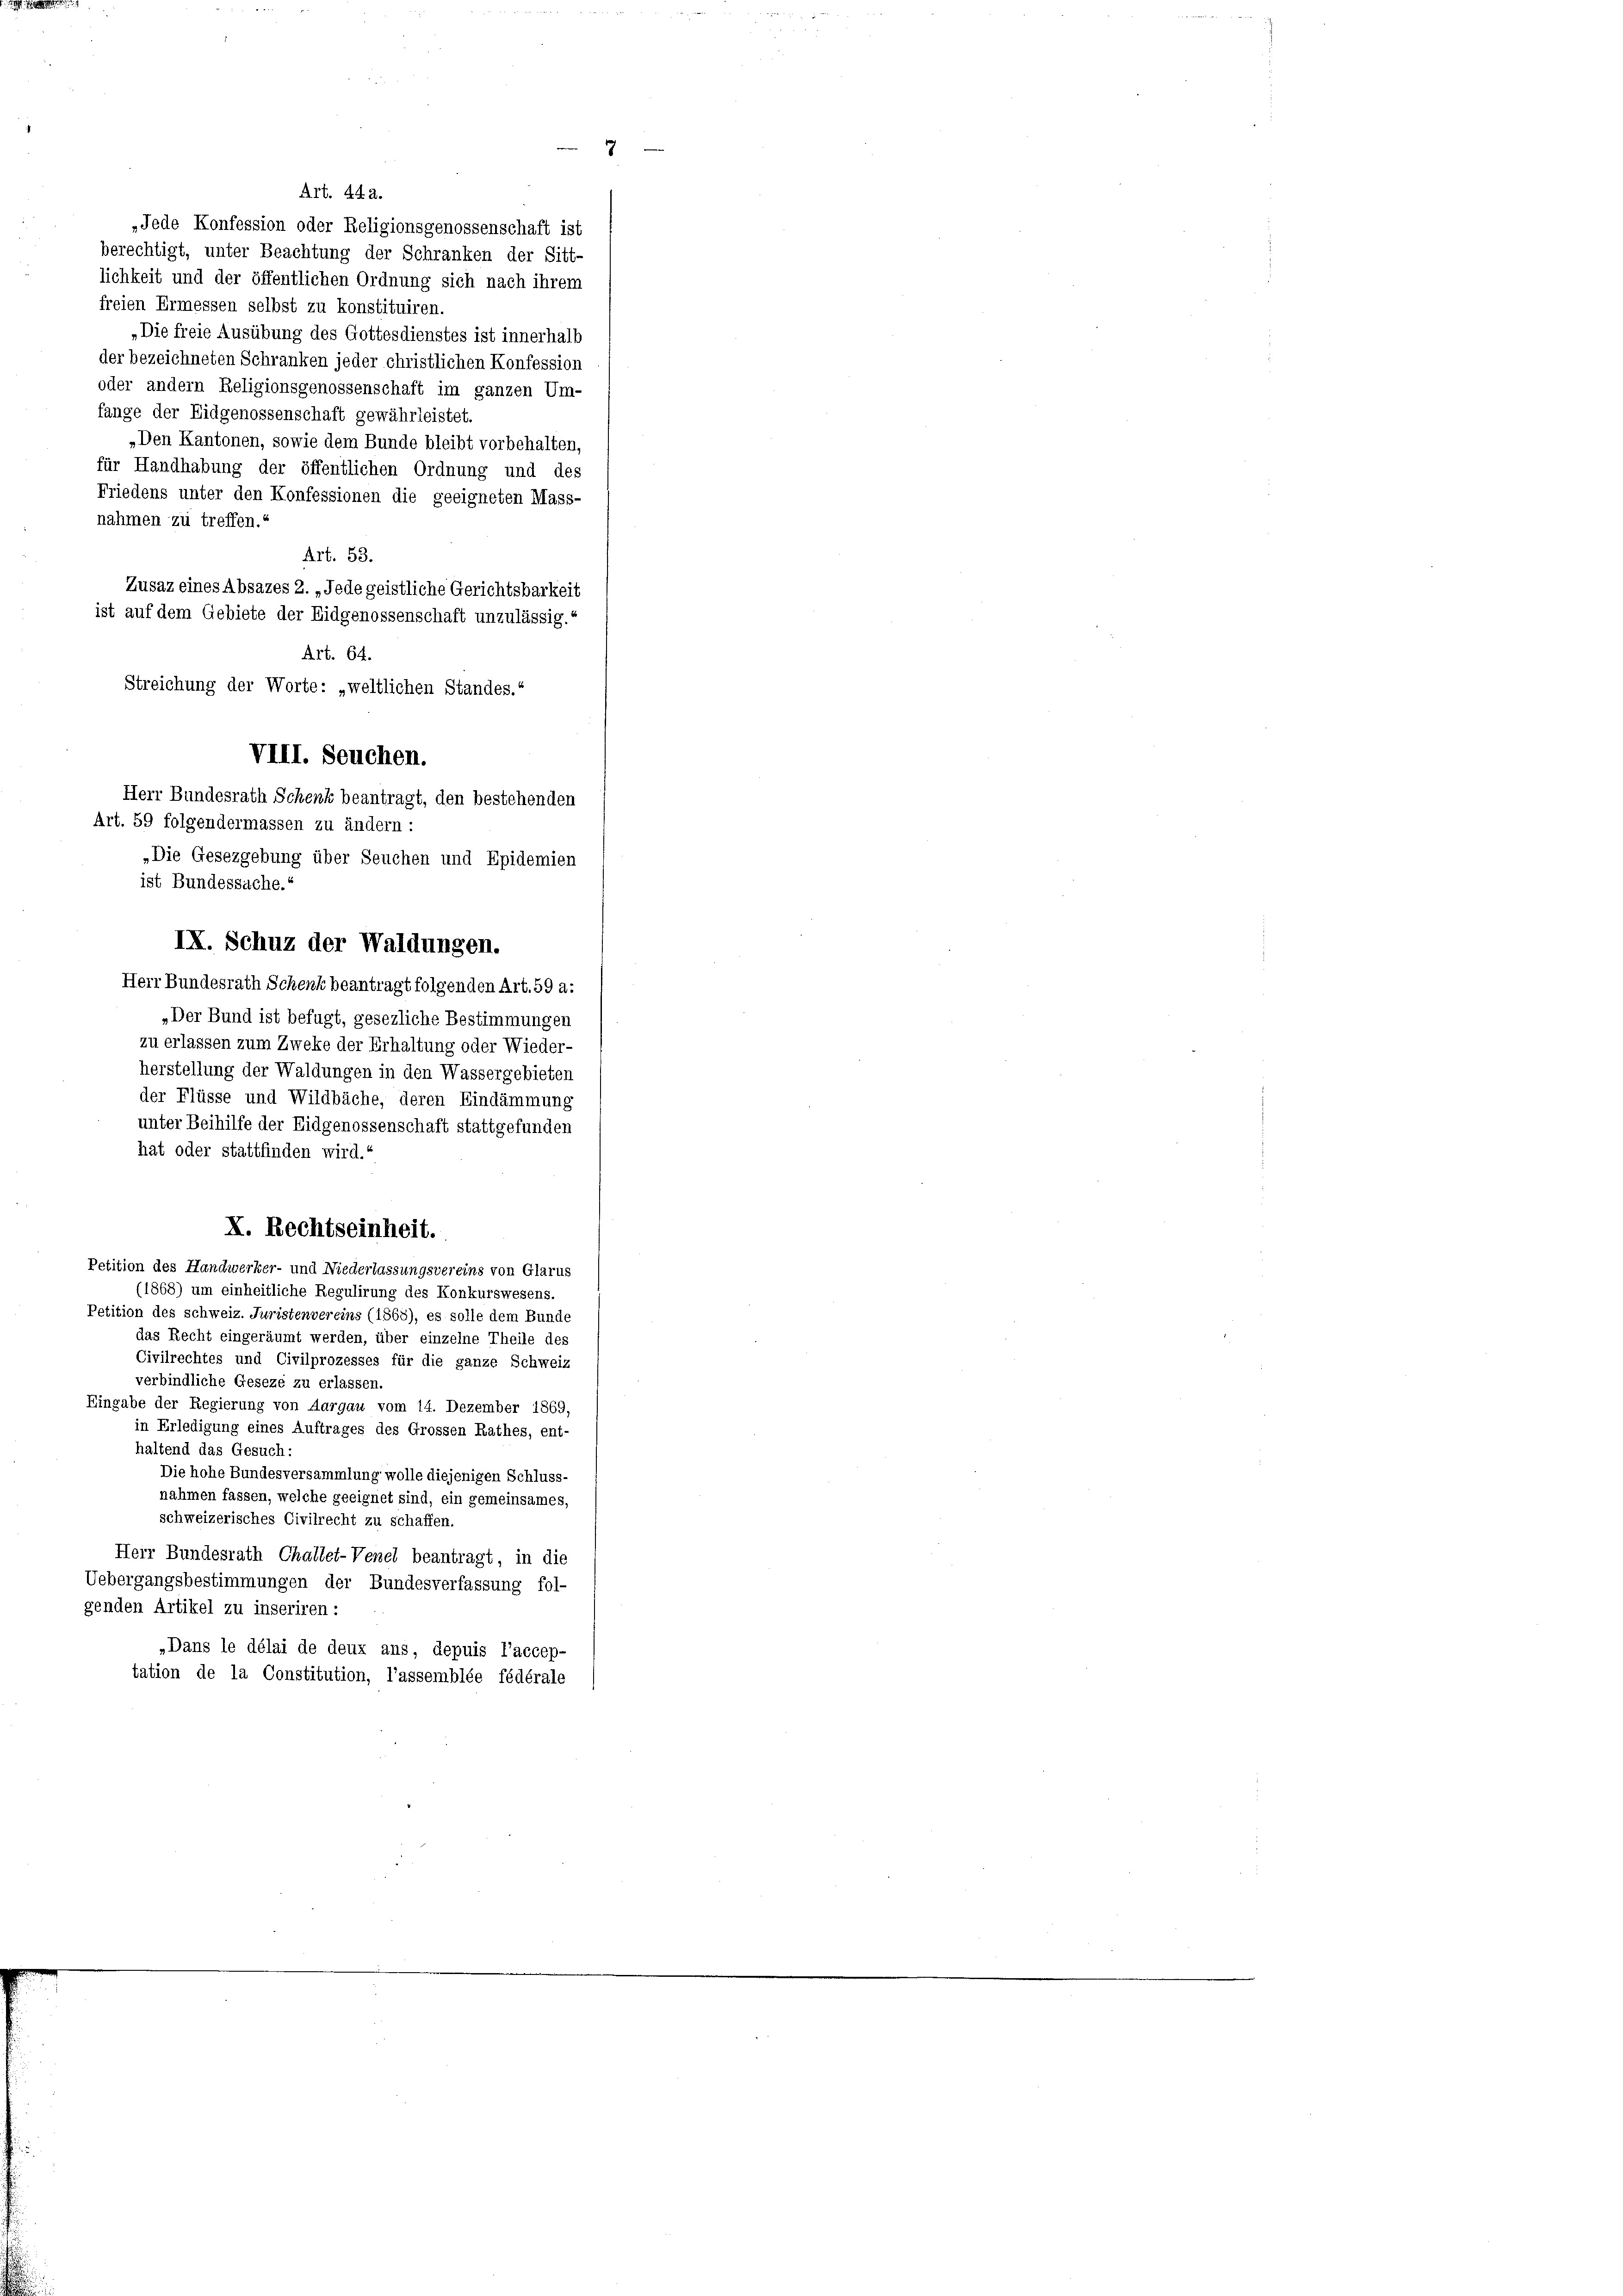
„Die Gesezgebung über Seuchen und Epidemien
ist Bundessache.

Art. 442.
»Jede Konfession oder Religionsgenossenschaft ist
berechtigt, unter Beachtung der Schranken der Sitt-
lichkeit und der öffentlichen Ordnung sich nach ihrem
freien Ermessen selbst zu konstituiren.
„Die freie Ausübung des Gottesdienstes ist innerhalb
der bezeichneten Schranken jeder christlichen Konfession
oder andern Religionsgenossenschaft im ganzen Um-
fange der Eidgenossenschaft gewährleistet.
„Den Kantonen, sowie dem Bunde bleibt vorbehalten,
für Handhabung der öffentlichen Ordnung und des
Friedens unter den Konfessionen die geeigneten Mass-
nahmen zu treffen.
Art. 53.
Zusaz eines Absazes 2. „Jede geistliche Gerichtsbarkeit
ist auf dem Gebiete der Eidgenossenschaft unzulässig.
Art. 64.
Streichung der Worte: „weltlichen Standes.
VIII. Seuchen.
Herr Bundesrath Schenk beantragt, den bestehenden
Art. 59 folgendermassen zu ändern:

IX. Schuz der Waldungen.
Herr Bundesrath Schenk beantragt folgenden Art. 59 a:
„Der Bund ist befugt, gesezliche Bestimmungen
zu erlassen zum Zweke der Erhaltung oder Wieder-
herstellung der Waldungen in den Wassergebieten
der Flüsse und Wildbäche, deren Eindämmung
unter Beihilfe der Eidgenossenschaft stattgefunden
hat oder stattfinden wird.“
X. Rechtseinheit.
Petition des Handwerker- und Niederlassungsvereins von Glarus
(1868) um einheitliche Regulirung des Konkurswesens.
Petition des schweiz. Juristenvereins (1568), es solle dem Bunde
das Recht eingeräumt werden, über einzelne Theile des
Civilrechtes und Civilprozesses für die ganze Schweiz
verbindliche Geseze zu erlassen.
Eingabe der Regierung von Aargau vom 14. Dezember 1869,
in Erledigung eines Auftrages des Grossen Rathes, ent-
haltend das Gesuch:
Die hohe Bundesversammlung wolle diejenigen Schluss-
nahmen fassen, welche geeignet sind, ein gemeinsames,
schweizerisches Civilrecht zu schaffen.
Herr Bundesrath Challet-Venel beantragt, in die
Uebergangsbestimmungen der Bundesverfassung fol-
genden Artikel zu inseriren:
„Dans le délai de deux ans, depuis l’accep-
tation de la Constitution, l’assemblée fédérale